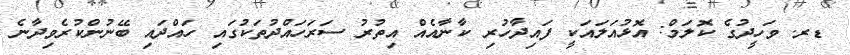
ޑރ. ވަހީދުގެ ކޮލަމް: އޮޅުއަލައަކީ ފައިދާހުރި ކާނާއެއް އިތުރު ސަރަހައްދުތަކުގައި ހައްދައި ބޭނުންކުރެވިދާނެ